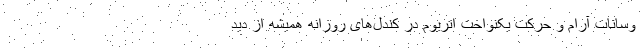
وسانات آرام و حرکت یکنواخت اتریوم در کندل‌های روزانه همیشه از دید